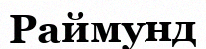
Раймунд